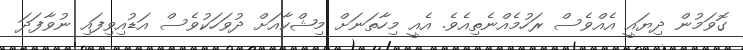
ގޮވަމުން ދިޔައީ އެއްވެސް ރަހުމެއްނެތިއެވެ. އެއީ މިހާތަނަށް މިޝްކާއަށް ދުވަހަކުވެސް އަޑުއިވިފައި ނުވާފަދަ